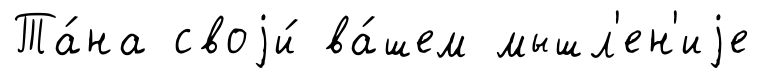
Та́на своjи́ ва́шем мышл'ен'иjе